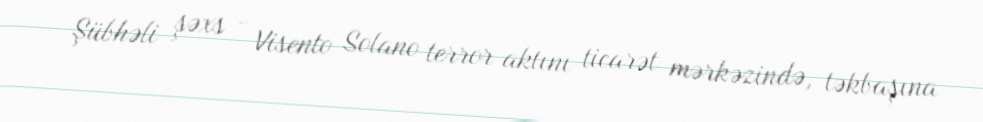
Şübhəli şəxs - Visento Solano terror aktını ticarət mərkəzində, təkbaşına